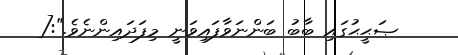
ޞަޙީޙުގައި ބާބު ބަންނަވާފައިވަނީ މިފަދައިންނެވެ.":[